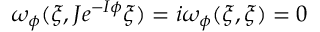
\omega _ { \phi } ( \xi , J e ^ { - I \phi } \xi ) = i \omega _ { \phi } ( \xi , \xi ) = 0